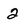
Character: 2